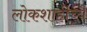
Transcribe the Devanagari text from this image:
लोकशाहीच्यै